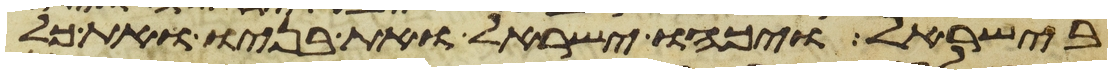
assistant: בישראל ויכהו ישראל ואת בניו ואת כל